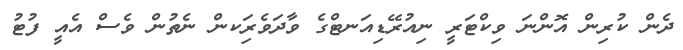
ދެން ކުރިން އޮންނަ ވިކްޓަރީ ނިއުރޭޑިއަނޓްގެ ވާދަވެރިަކން ނެތުން ވެސް އެއީ ފުޓު